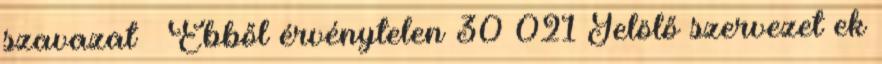
szavazat – Ebből érvénytelen 30 021 Jelölő szervezet ek